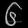
Digit: ၆